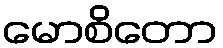
မောစိတော